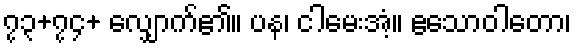
၇၃+၇၄+ လျှောက်၏။ ပန၊ ငါမေးအံ့။ ဧသောဝါတော၊